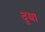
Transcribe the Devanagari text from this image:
दुया